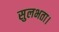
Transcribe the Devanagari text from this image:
सुलभता।